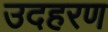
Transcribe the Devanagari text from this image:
उदहरण